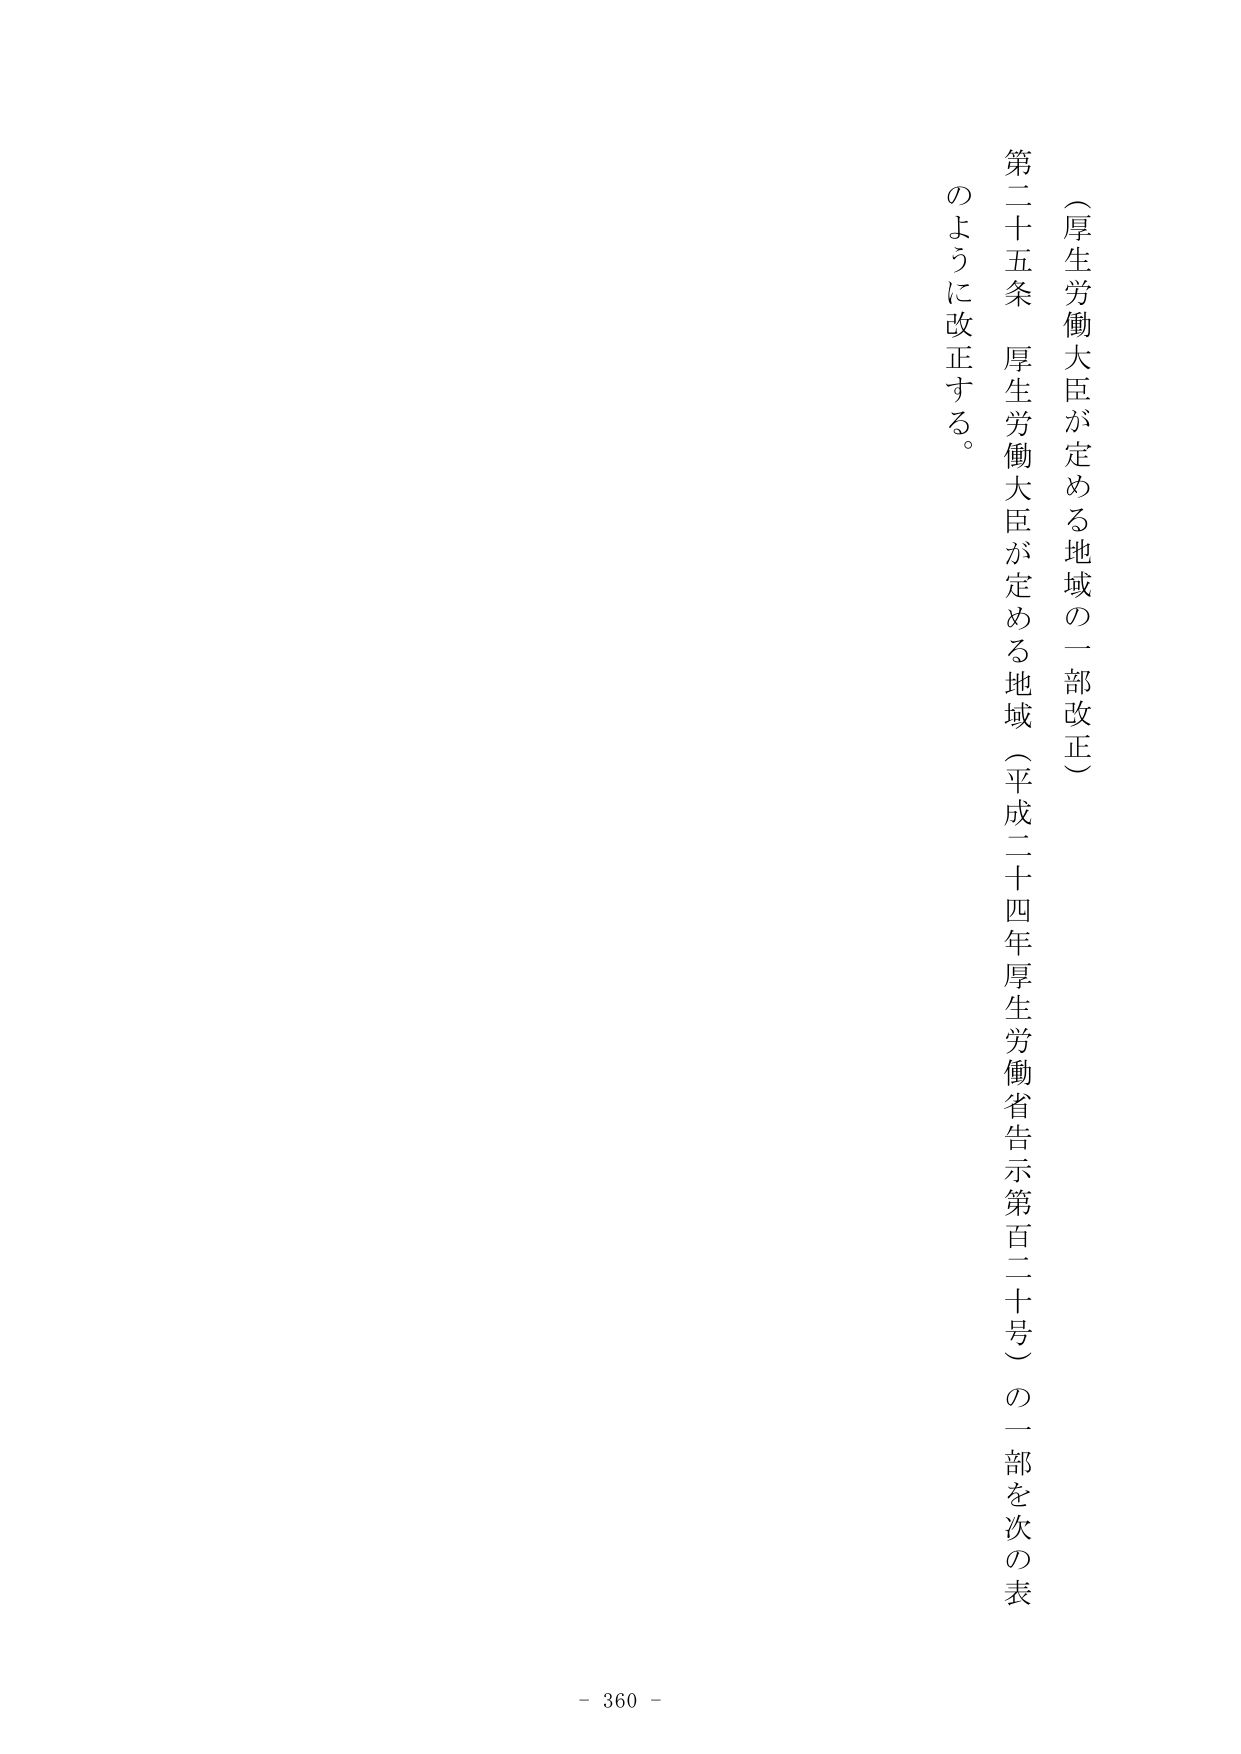
（厚生労働大臣が定める地域の一部改正）

第二十五条 厚生労働大臣が定める地域（平成二十四年厚生労働省告示第百二十号）の一部を次の表
のように改正する。

- 360 -